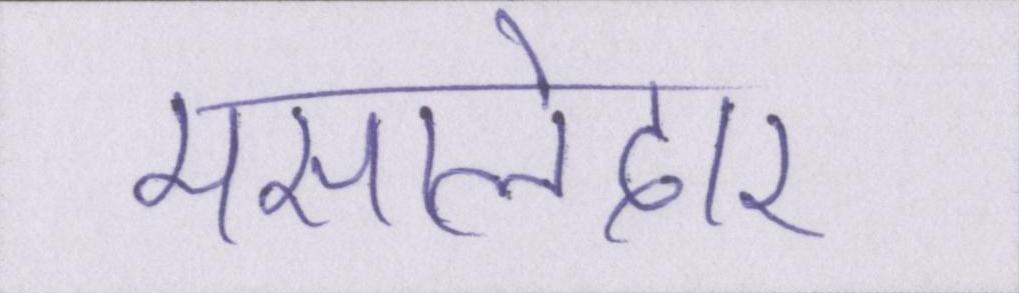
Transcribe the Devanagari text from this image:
मसालेदार